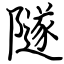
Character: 隧